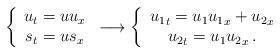
LaTeX: \begin{align*} \left\{ \begin{array}{c} u_t=uu_x \\ s_t=us_x \end{array}\right. \longrightarrow \left\{ \begin{array}{c} {u_1}_t={u_1}{u_1}_x+{u_2}_x \\ {u_2}_t={u_1}{u_2}_x\, . \end{array}\right.\end{align*}